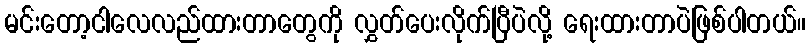
မင်းတော့ငါလေလည်ထားတာတွေကို လွှတ်ပေးလိုက်ပြီပဲလို့ ရေးထားတာပဲဖြစ်ပါတယ်။